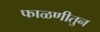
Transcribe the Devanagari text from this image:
फाळणीतुन